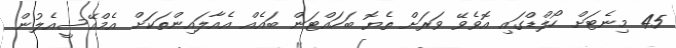
45 މިނެޓަށް ހޯލްޑްގައި އޮވެވޭ ވަރަށް ތެޔޮ ބަހައްޓަން ބައެއް އެއާލައިންތަކަށް އެމްއޭސީއެލުން